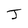
Character: J